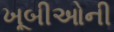
ખૂબીઓની